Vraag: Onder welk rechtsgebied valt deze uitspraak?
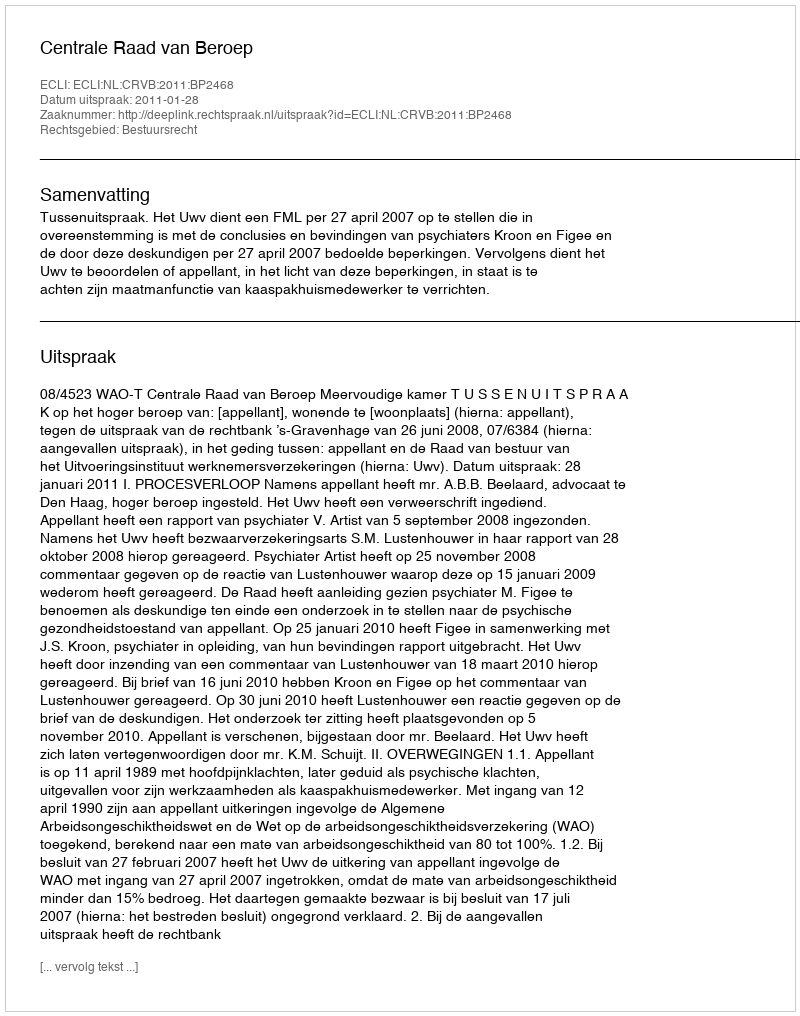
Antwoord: Bestuursrecht